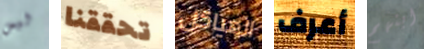
ليس تحققنا الهياكل أعرف ابنهم